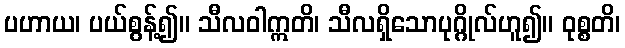
ပဟာယ၊ ပယ်စွန့်၍။ သီလဝါဣတိ၊ သီလရှိသောပုဂ္ဂိုလ်ဟူ၍။ ဝုစ္စတိ၊